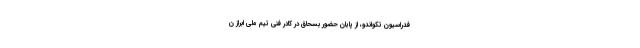
فدراسیون تکواندو، از پایان حضور بسحاق در کادر فنی تیم ملی ابراز ن